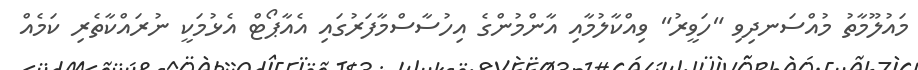
މައުލޫމާތު މުއްސަނދިވި "ހަވީރު" ވިއްކާލުމާއި އާންމުންގެ އިހުސާސްމާފަރުގައި އެއާޕޯޓް އެޅުމަކީ ނުރައްކާތެރި ކަމެއް